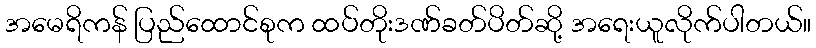
အမေရိကန် ပြည်ထောင်စုက ထပ်တိုးဒဏ်ခတ်ပိတ်ဆို့ အရေးယူလိုက်ပါတယ်။